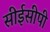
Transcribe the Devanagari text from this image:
सीईसीपी